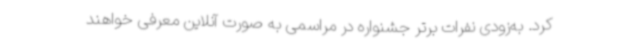
کرد. به‌زودی نفرات برتر جشنواره در مراسمی به صورت آنلاین معرفی خواهند